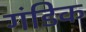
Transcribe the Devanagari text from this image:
गंडिक